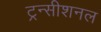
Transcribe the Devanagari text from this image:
ट्रन्सीशनल